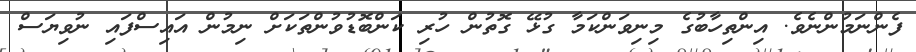
ފެންނަމުންނެވެ. އިންތިހާބުގެ މިނިވަންކަމާ ގުޅޭ ގޮތުން ހުރި ކަންބޮޑުވުންތަކަށް ނިމުން އައިސްފައި ނުވިޔަސް